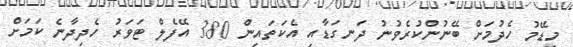
މިޑޭމު ހެދުމަށް ބޭނުންކުރެވުނު ދަނގަޑާއި އެކަތައިން 380 އޭފެލް ޓަވަރު ހެދިދާނެ ކަމަށް